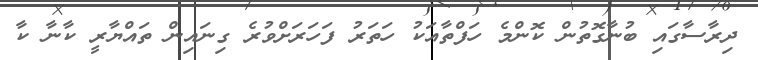
ދިރާސާގައި ބުނާގޮތުން ކޮންމެ ހަފްތާއަކު ހަތަރު ފަހަރަށްވުރެ ގިނައިން ތައްޔާރީ ކާނާ ކާ